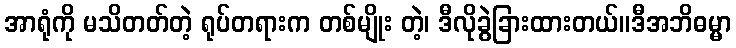
အာရုံကို မသိတတ်တဲ့ ရုပ်တရားက တစ်မျိုး တဲ့၊ ဒီလိုခွဲခြားထားတယ်။ဒီအဘိဓမ္မာ